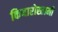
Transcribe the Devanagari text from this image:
कियारोस्तामी